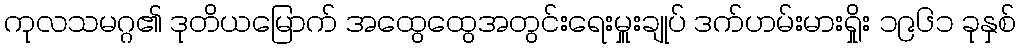
ကုလသမဂ္ဂ၏ ဒုတိယမြောက် အထွေထွေအတွင်းရေးမှူးချုပ် ဒက်ဟမ်းမားရှိုး ၁၉၆၁ ခုနှစ်